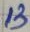
Text: 13